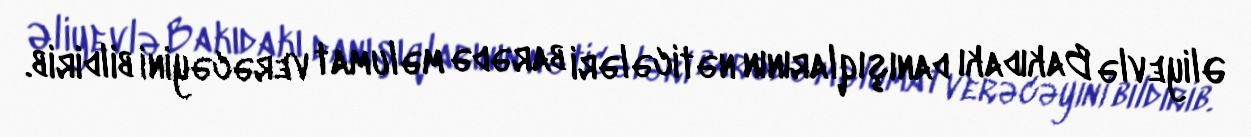
Əliyevlə Bakıdakı danışıqlarının nəticələri barədə məlumat verəcəyini bildirib.